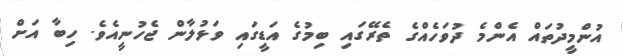
އުންމީދުތައް އެންމެ ދުވަހެއްގެ ތެރޭގައި ބިމުގެ އަޑީގައި ވަޅުލާން ޖެހުނީއެވެ. ހިބާ އަށް